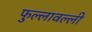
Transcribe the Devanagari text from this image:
फुल्लावल्ली